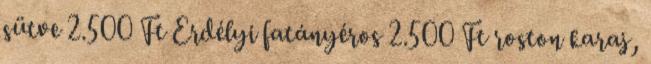
sütve 2.500 Ft Erdélyi fatányéros 2.500 Ft roston karaj,